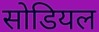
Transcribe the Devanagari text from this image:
सोडियल